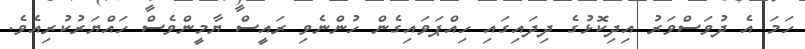
ހަމަ އެ ދުވަސްވަރު އިދިކޮޅުގެ ދިދައިގައި ހިއްޕަވައިގެން ހުންނެވި ރައީސް ޔާމީންވެސް ހައްޔަރުކުރިއެވެ.